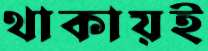
থাকায়ই